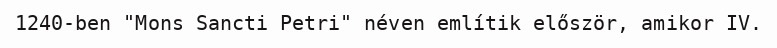
1240-ben "Mons Sancti Petri" néven említik először, amikor IV.